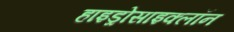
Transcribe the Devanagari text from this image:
हाइड्रोसाइक्लॉन